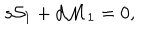
LaTeX: s { \cal S } _ { 1 } + d { \cal M } _ { 1 } = 0 ,